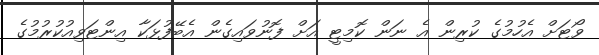
ވޯޓަށް އެހުމުގެ ކުރިން އެ ނަން ކޮމިޓީ އަށް ފޮނުވައިގެން އެބޭފުޅަކާ އިންޓަވިއުކުރުމުގެ